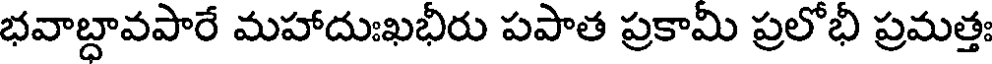
భవాబ్దావపారే మహాదుఃఖభీరు పపాత ప్రకామి ప్రలోభీ ప్రమత్తః